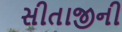
સીતાજીની